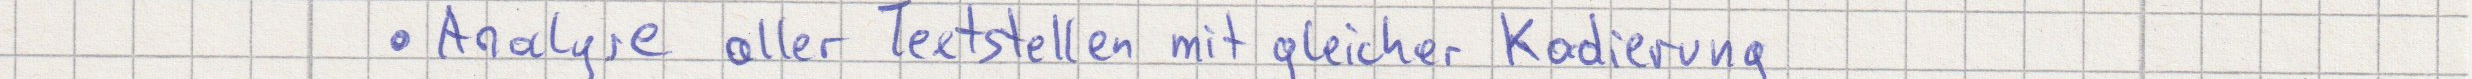
Analyse aller Textstellen mit gleicher Kodierung